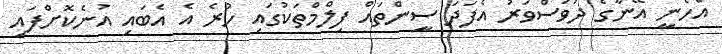
އެހެނީ އޭނާގެ ދުވަސްވަރު އެފަދަ ސީންތައް ފިލްމްތަކުގައި ހުރެ އެ އެބައި އުނެކޮށްފައި